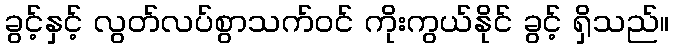
ခွင့်နှင့် လွတ်လပ်စွာသက်ဝင် ကိုးကွယ်နိုင် ခွင့် ရှိသည်။